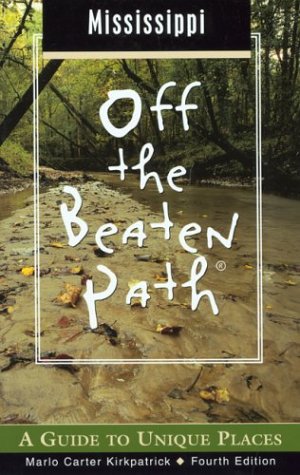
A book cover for Mississippi Off the Beaten Path, 4th: A Guide to Unique Places (Off the Beaten Path Series); Marlo Carter Kirkpatrick; Travel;